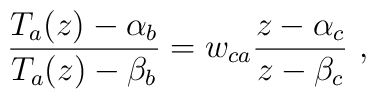
\frac{T_a(z)-\alpha _b}{T_a(z)-\beta _b}=w_{ca}\frac{z-\alpha _c}{z-\beta _c}\ ,